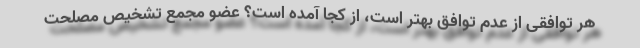
هر توافقی از عدم توافق بهتر است، از کجا آمده است؟ عضو مجمع تشخیص مصلحت